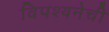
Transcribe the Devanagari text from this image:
विपश्यनेची